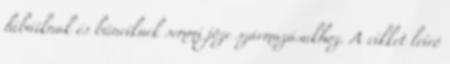
hibáiknak és bűneiknek semmi jöze származásukhoz. A cikket leíró